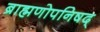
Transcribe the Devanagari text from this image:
ब्राह्मणोपनिषद्